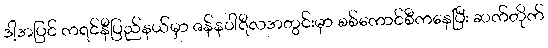
ဒါ့အပြင် ကရင်နီပြည်နယ်မှာ ဇန်နဝါရီလအတွင်းမှာ စစ်ကောင်စီကနေပြီး ဆက်တိုက်